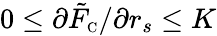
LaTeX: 0\leq\partial\tilde{F}_{\scriptscriptstyle\mathrm{C}}/\partial r_{s}\leq K